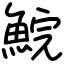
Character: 鯇